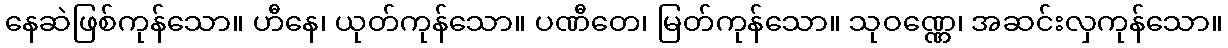
နေဆဲဖြစ်ကုန်သော။ ဟီနေ၊ ယုတ်ကုန်သော။ ပဏီတေ၊ မြတ်ကုန်သော။ သုဝဏ္ဏေ၊ အဆင်းလှကုန်သော။